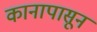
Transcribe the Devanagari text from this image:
कानापासून